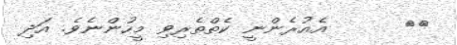
٤٢      އެއުރެންނީ ކެތްތެރިވި މީހުންނެވެ. އަދި